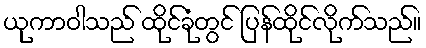
ယုကာဝါသည် ထိုင်ခုံတွင် ပြန်ထိုင်လိုက်သည်။